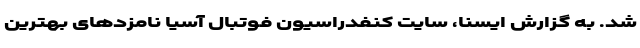
شد. به گزارش ایسنا، سایت کنفدراسیون فوتبال آسیا نامزد‌های بهترین